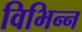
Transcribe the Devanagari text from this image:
विभिन्‍न